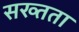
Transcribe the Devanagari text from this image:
सख्तता